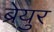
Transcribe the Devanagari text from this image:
ब्रेयुर